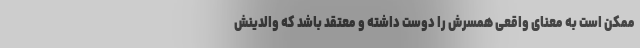
ممکن است به معنای واقعی همسرش را دوست داشته و معتقد باشد که والدینش